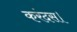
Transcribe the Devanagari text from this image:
करंदस।